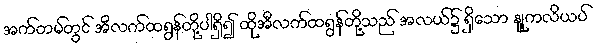
အက်တမ်တွင် အီလက်ထရွန်တို့ပါရှိ၍ ထိုအီလက်ထရွန်တို့သည် အလယ်၌ ရှိသော နျူကလိယပ်